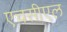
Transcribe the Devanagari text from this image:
एचसीएल